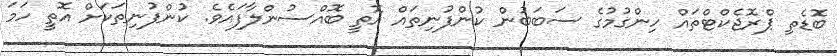
ބޮޑެތި ޕްރޮޖެކްޓްތައް ހިންގުމުގެ ސަބަބުން ކުންފުނިތައް އޮތީ ބޮއްސުންލާފައެވެ. ކުންފުނިތަކަށް އޮތީ ހަމަ